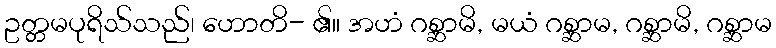
ဥတ္တမပုရိသ်သည်၊ ဟောတိ- ၏။ အဟံ ဂစ္ဆာမိ, မယံ ဂစ္ဆာမ, ဂစ္ဆာမိ, ဂစ္ဆာမ